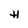
Character: H